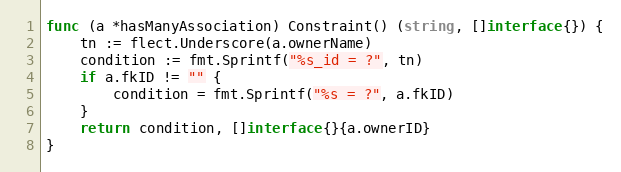
Language: Go
func (a *hasManyAssociation) Constraint() (string, []interface{}) {
	tn := flect.Underscore(a.ownerName)
	condition := fmt.Sprintf("%s_id = ?", tn)
	if a.fkID != "" {
		condition = fmt.Sprintf("%s = ?", a.fkID)
	}
	return condition, []interface{}{a.ownerID}
}